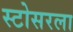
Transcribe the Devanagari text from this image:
स्टोसरला